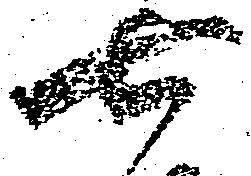
七